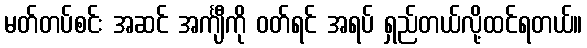
မတ်တပ်စင်း အဆင် အင်္ကျီကို ဝတ်ရင် အရပ် ရှည်တယ်လို့ထင်ရတယ်။